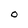
Character: O